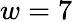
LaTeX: w=7